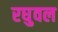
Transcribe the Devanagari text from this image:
रघुवल